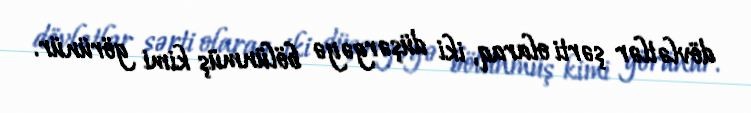
dövlətlər şərti olaraq, iki düşərgəyə bölünmüş kimi görünür.